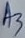
Text: A3